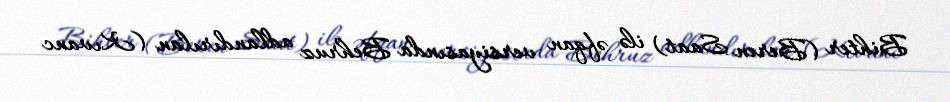
Bihter (Beren Saat) ilə əfqan versiyasında Behruz adlandırılan (Kıvanc